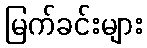
မြက်ခင်းများ